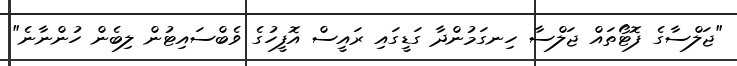
"ޖަލްސާގެ ފޮޓޯތައް ޖަލްސާ ހިނގަމުންދާ ގަޑީގައި ރައީސް އޮފީހުގެ ވެބްސައިޓުން ލިބެން ހުންނާނެ"